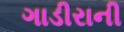
ગાડીરાની